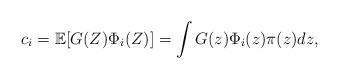
LaTeX: \begin{align*} c_i=\mathbb{E}[G(Z)\Phi_i(Z)]=\int G(z)\Phi_i(z)\pi(z)dz, \end{align*}